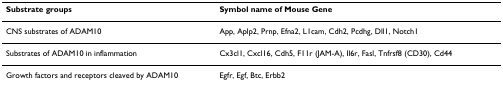
| Substrate groups | Symbol name of Mouse Gene |
 | --- | --- |
 | CNS substrates of ADAM10 | App, Aplp2, Prnp, Efna2, L1cam, Cdh2, Pcdhg, Dll1, Notch1 |
 | Substrates of ADAM10 in inflammation | Cx3cl1, Cxcl16, Cdh5, F11r (JAM-A), Il6r, Fasl, Tnfrsf8 (CD30), Cd44 |
 | Growth factors and receptors cleaved by ADAM10 | Egfr, Egf, Btc, Erbb2 |